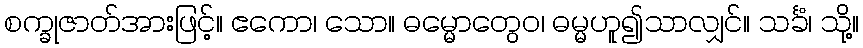
စက္ခုဇာတ်အားဖြင့်။ ဧကော၊ သော။ ဓမ္မောတွေဝ၊ ဓမ္မဟူ၍သာလျှင်။ သင်္ခံ၊ သို့။